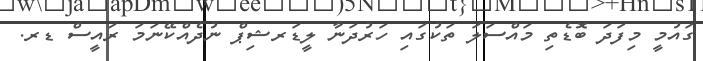
ގައުމީ މިފަދަ ބޮޑެތި މައްސަލަ ތަކުގައި ހަރުދަނާ ލީޑަރޝިޕް ނުދެއްކޭނަމަ ރައީސް ޑރ.